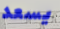
يسعد